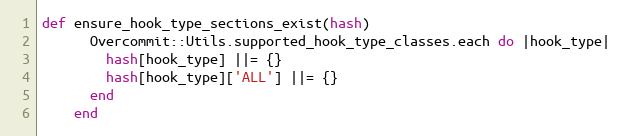
Language: Ruby
def ensure_hook_type_sections_exist(hash)
      Overcommit::Utils.supported_hook_type_classes.each do |hook_type|
        hash[hook_type] ||= {}
        hash[hook_type]['ALL'] ||= {}
      end
    end